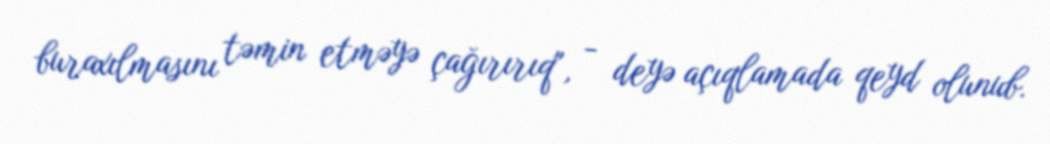
buraxılmasını təmin etməyə çağırırıq", - deyə açıqlamada qeyd olunub.